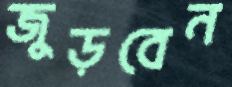
জুড়বেন